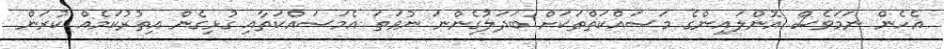
އެހެން ނަމަވެސް އޮންލައިންގެ މަސައްކަތްތަކަށް ބަދަލުގެންނަ ނުވަތަ އެމަސައްކަތާއި ގުޅިގެން އިތުރުކަމެއް ކުރަން